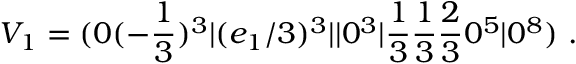
V _ { 1 } = ( 0 ( - { \frac { 1 } { 3 } } ) ^ { 3 } \vert ( e _ { 1 } / 3 ) ^ { 3 } \vert \vert 0 ^ { 3 } \vert { \frac { 1 } { 3 } } { \frac { 1 } { 3 } } { \frac { 2 } { 3 } } 0 ^ { 5 } \vert 0 ^ { 8 } ) ~ .